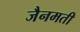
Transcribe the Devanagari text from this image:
जैनमती